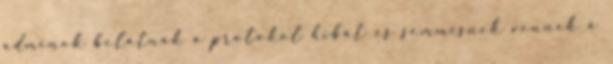
adminok belátnák a protokol hibát és semmisnek vennék a